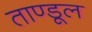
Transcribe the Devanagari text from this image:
ताण्डूल